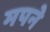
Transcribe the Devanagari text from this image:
मपने